Report of the Municipal Commissioner on the plague in Bombay for the year ending 31st May... - Volume 1
Disease focus: Plague
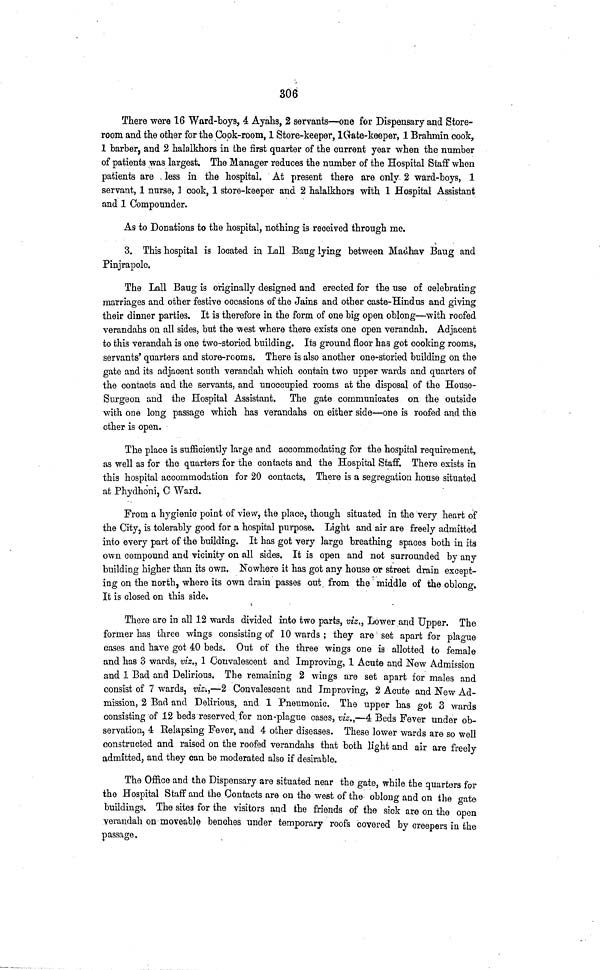
306
There were 16 Ward-boys, 4 Ayahs, 2 servants—one for Dispensary and Store-
room and the other for the Cook-room, 1 Store-keeper, 1 Grate-keeper, 1 Brahmin cook,
1 barber, and 2 halalkhors in the first quarter of the current year when the number
of patients was largest. The Manager reduces the number of the Hospital Staff when
patients are less in the hospital. At present there are only 2 ward-boys, 1
servant, 1 nurse, 1 cook, 1 store-keeper and 2 halalkhors with 1 Hospital Assistant
and 1 Compounder.
As to Donations to the hospital, nothing is received through me.
3. This hospital is located in Lall Baug lying between Madhav Baug and
Pinjrapole.
The Lall Baug is originally designed and erected for the use of celebrating
marriages and other festive occasions of the Jains and other caste-Hindus and giving
their dinner parties. It is therefore in the form of one big open oblong—with roofed
verandahs on all sides, but the west where there exists one open verandah. Adjacent
to this verandah is one two-storied building. Its ground floor has got cooking rooms,
servants' quarters and store-rooms. There is also another one-storied building on the
gate and its adjacent south verandah which contain two upper wards and quarters of
the contacts and the servants, and unoccupied rooms at the disposal of the House-
Surgeon and the Hospital Assistant. The gate communicates on the outside
with one long passage which has verandahs on either side—one is roofed and the
other is open.
The place is sufficiently large and accommodating for the hospital requirement,
as well as for the quarters for the contacts and the Hospital Staff. There exists in
this hospital accommodation for 20 contacts. There is a segregation house situated
at Phydhoni, C Ward.
From a hygienic point of view, the place, though situated in the very heart of
the City, is tolerably good for a hospital purpose. Light and air are freely admitted
into every part of the building. It has got very large breathing spaces both in its
own compound and vicinity on all sides. It is open and not surrounded by any
building higher than its OWE. Nowhere it has got any house or street drain except-
ing on the north, where its own drain passes out from the middle of the oblong.
It is closed on this side.
There are in all 12 wards divided into two parts, viz., Lower and Upper. The
former has three wings consisting of 10 wards ; they are set apart for plague
cases and have got 40 beds. Out of the three wings one is allotted to female
and has 3 wards, viz., 1 Convalescent and Improving, 1 Acute and New Admission
and 1 Bad and Delirious. The remaining 2 wings are set apart for males and
consist of 7 wards, viz-.,—2 Convalescent and Improving, 2 Acute and New Ad-
mission, 2 Bad and Delirious, and 1 Pneumonic. The upper has got 3 wards
consisting of 12 beds reserved for non-plague cases, viz.,—4 Beds Fever under ob-
servation, 4 Relapsing Fever, and 4 other diseases. These lower wards are so well
constructed and raised on the roofed verandahs that both light and air are freely
admitted, and they can be moderated also if desirable.
The Office and the Dispensary are situated near the gate, while the quarters for
the Hospital Staff and the Contacts are on the west of the oblong and on the gate
buildings. The sites for the visitors and the friends of the sick are on the open
verandah on moveable benches under temporary roof's covered by creepers in the
passage.